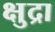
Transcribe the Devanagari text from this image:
क्षुद्रा